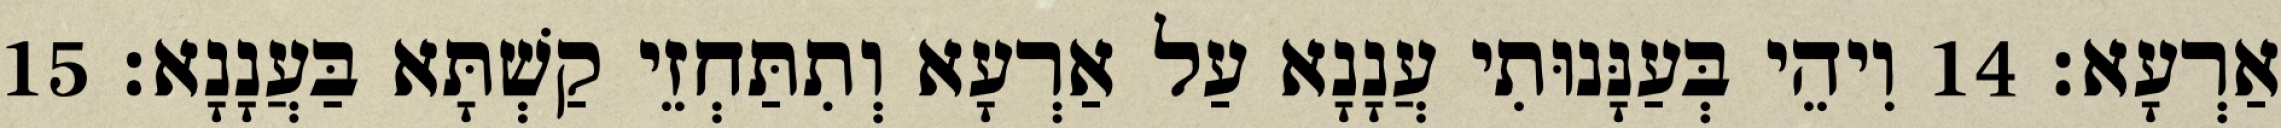
אַרְעָא׃ 14 וִיהֵי בְּעַנָּנוּתִי עֲנָנָא עַל אַרְעָא וְתִתַּחְזֵי קַשְׁתָּא בַּעֲנָנָא׃ 15